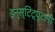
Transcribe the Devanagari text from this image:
इन्स्टिट्यूटला